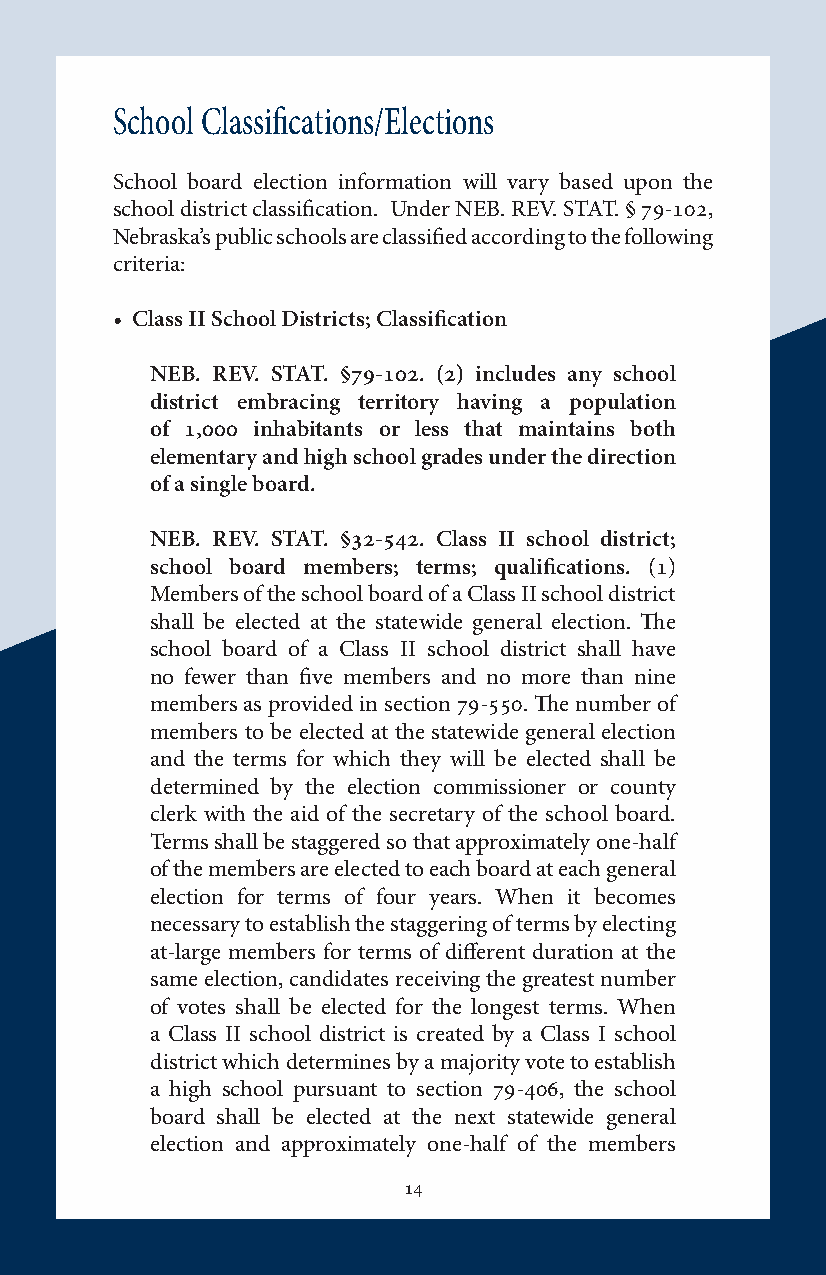
School Classifications/Elections
 School board election information will vary based upon the
 school district classification. Under NEB. REV. STAT. § 79-102,
 Nebraska’s public schools are classified according to the following
 criteria:
 • Class II School Districts; Classification
 NEB. REV. STAT. §79-102. (2) includes any school
 district embracing territory having a population
 of 1,000 inhabitants or less that maintains both
 elementary and high school grades under the direction
 of a single board.
 NEB. REV. STAT. §32-542. Class II school district;
 school board members; terms; qualifications. (1)
 Members of the school board of a Class II school district
 shall be elected at the statewide general election. The
 school board of a Class II school district shall have
 no fewer than five members and no more than nine
 members as provided in section 79-550. The number of
 members to be elected at the statewide general election
 and the terms for which they will be elected shall be
 determined by the election commissioner or county
 clerk with the aid of the secretary of the school board.
 Terms shall be staggered so that approximately one-half
 of the members are elected to each board at each general
 election for terms of four years. When it becomes
 necessary to establish the staggering of terms by electing
 at-large members for terms of different duration at the
 same election, candidates receiving the greatest number
 of votes shall be elected for the longest terms. When
 a Class II school district is created by a Class I school
 district which determines by a majority vote to establish
 a high school pursuant to section 79-406, the school
 board shall be elected at the next statewide general
 election and approximately one-half of the members
 14